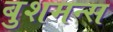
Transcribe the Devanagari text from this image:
बुशमन्स